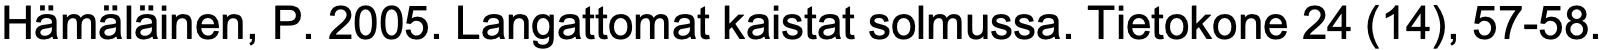
Hämäläinen, P. 2005. Langattomat kaistat solmussa. Tietokone 24 (14), 57-58.